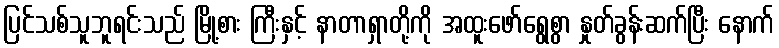
ပြင်သစ်သူဘူရင်းသည် မြို့စား ကြီးနှင့် နာတာရှာတို့ကို အထူးဖော်ရွေစွာ နှုတ်ခွန်းဆက်ပြီး နောက်